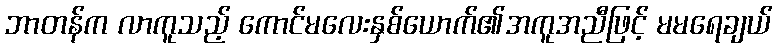
ဘာတန်က လာကူသည့် ကောင်မလေးနှစ်ယောက်၏အကူအညီဖြင့် မမရေချယ်